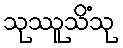
သုဿူသိံသု